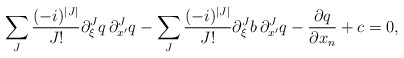
\begin{align*} \sum_{J} \frac{(-i)^{|J|}}{J !} \partial_{\xi}^{J}q \, \partial_{x^\prime}^{J}q - \sum_{J} \frac{(-i)^{|J|}}{J !} \partial_{\xi}^{J}b \, \partial_{x^\prime}^{J}q - \frac{\partial q}{\partial x_n} + c = 0,\end{align*}